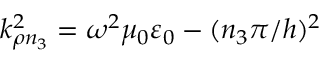
k _ { \rho n _ { 3 } } ^ { 2 } = \omega ^ { 2 } \mu _ { 0 } \varepsilon _ { 0 } - ( n _ { 3 } \pi / h ) ^ { 2 }